Vaccination United Provinces of Agra and Oudh 1914-1922 - 1914-1922
Year: 1914
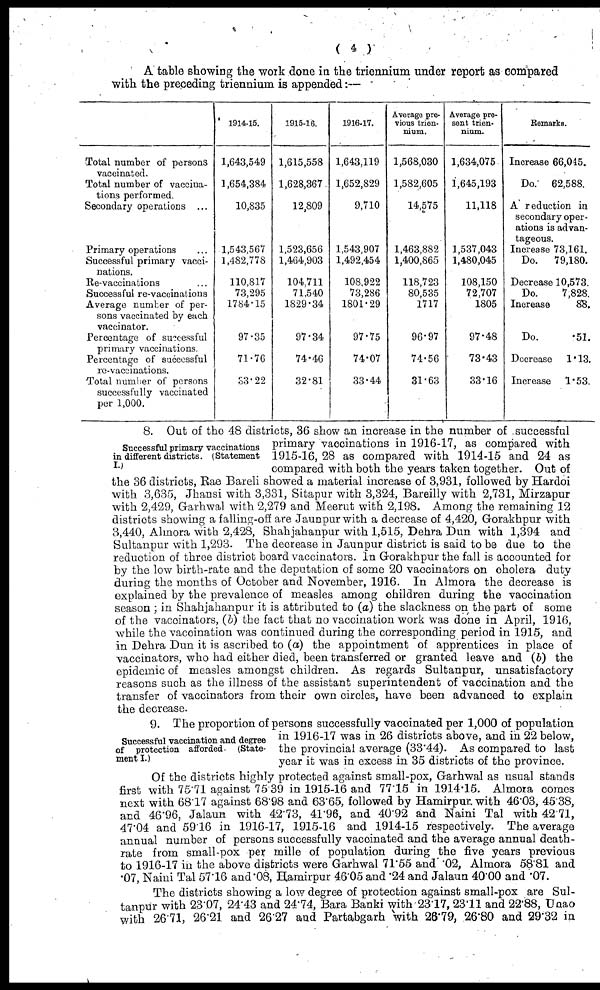
( 4 )
A table showing the work done in the triennium under report as compared
with the preceding triennium is appended:—
Total number of persons
vaccinated.
Total number of vaccina-
tions performed.
Secondary operations ...
Primary operations ...
Successful primary vacci-
nations.
Re-vaccinations ...
Successful re-vaccinations
Average number of per-
sons vaccinated by each
vaccinator.
Percentage of successful
primary vaccinations.
Percentage of successful
re-vaccinations.
Total number of persons
successfully vaccinated
per 1,000.
1914-15.
1,643,549
1,654,384
10,835
1,543,567
1,482,778
110,817
73,295
1784.15
97.35
71.76
33.22
1915-16.
1,615,558
1,628,367
12,809
1,523,656
1,464,903
104,711
71,540
1829.34
97.34
74.46
32.81
1916-17.
1,643,119
1,652,829
9,710
1,543,907
1,492,454
108,922
73,286
1801.29
97.75
74.07
33.44
Average pre-
vious trien-
nium.
1,568,030
1,582,605
14,575
1,463,882
1,400,865
118,723
80,535
1717
96.97
74.56
31.63
Average pre-
sent trien-
nium.
1,634,075
1,645,193
11,118
1,537,043
1,480,045
108,150
72,707
1805
97.48
73.43
33.16
Remarks.
Increase 66,045.
Do. 62,588.
A reduction in
secondary oper-
ations is advan-
tageous.
Increase 73,161.
Do.
79,180.
Decrease 10,573.
Do.
7,828.
Increase
88.
Do.
.51.
Decrease
1.13.
Increase
1.53.
Successful primary vaccinations
in different districts. (Statement
I.)
8. Out of the 48 districts, 36 show an increase in the number of successful
primary vaccinations in 1916-17, as compared with
1915-16, 28 as compared with 1914-15 and 24 as
compared with both the years taken together. Out of
the 36 districts, Rae Bareli showed a material increase of 3,931, followed by Hardoi
with 3,635, Jhansi with 3,331, Sitapur with 3,324, Bareilly with 2,731, Mirzapur
with 2,429, Garhwal with 2,279 and Meerut with 2,198. Among the remaining 12
districts showing a falling-off are Jaunpur with a decrease of 4,420, Gorakhpur with
3,440, Almora with 2,428, Shahjahanpur with 1,515, Dehra Dun with 1,394 and
Sultanpur with 1,293. The decrease in Jaunpur district is said to be due to the
reduction of three district board vaccinators. In Gorakhpur the fall is accounted for
by the low birth-rate and the deputation of some 20 vaccinators on cholera duty
during the months of October and November, 1916. In Almora the decrease is
explained by the prevalence of measles among children during the vaccination
season ; in Shahjahanpur it is attributed to (a) the slackness on the part of some
of the vaccinators, (b) the fact that no vaccination work was done in April, 1916,
while the vaccination was continued during the corresponding period in 1915, and
in Dehra Dun it is ascribed to (a) the appointment of apprentices in place of
vaccinators, who had either died, been transferred or granted leave and (b) the
epidemic of measles amongst children. As regards Sultanpur, unsatisfactory
reasons such as the illness of the assistant superintendent of vaccination and the
transfer of vaccinators from their own circles, have been advanced to explain
the decrease.
Successful vaccination and degree
of protection afforded. (State-
ment I.)
9. The proportion of persons successfully vaccinated per 1,000 of population
in 1916-17 was in 26 districts above, and in 22 below,
the provincial average (33.44). As compared to last
year it was in excess in 35 districts of the province.
Of the districts highly protected against small-pox, Garhwal as usual stands
first with 75.71 against 75.39 in 1915-16 and 77.15 in 1914.15. Almora comes
next with 68.17 against 68.98 and 63.65, followed by Hamirpur with 46.03, 45.38,
and 46.96, Jalaun with 42.73, 41.96, and 40.92 and Naini Tal with 42.71,
47.04 and 59.16 in 1916-17, 1915-16 and 1914-15 respectively. The average
annual number of persons successfully vaccinated and the average annual death-
rate from small-pox per mille of population during the five years previous
to 1916-17 in the above districts were Garhwal 71.55 and .02, Almora 58.81 and
.07, Naini Tal 57.16 and .08, Hamirpur 46.05 and .24 and Jalaun 40.00 and .07.
The districts showing a low degree of protection against small-pox are Sul-
tanpur with 23.07, 24.43 and 24.74, Bara Banki with 23.17, 23.11 and 22.88, Unao
with 26.71, 26.21 and 26.27 and Partabgarh with 26.79, 26.80 and 29.32 in